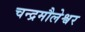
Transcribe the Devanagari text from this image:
चन्द्रमौलेश्वर